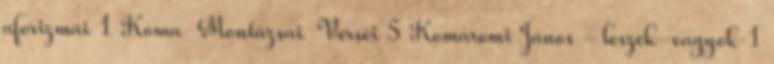
aforizmái 1 Koma Montázsai Versei 5 Komáromi János - leszek-vagyok 1